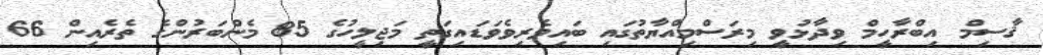
ޤާސިމް އިބްރާހީމް ވިދާޅުވީ މިރަސްމިއްޔާތުގައި ބައިވެރިވެވަޑައިގަތީ މަޖިލީހުގެ 85 މެންބަރުންގެ ތެރެއިން 66